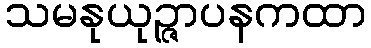
သမနုယုဉ္ဇာပနကထာ